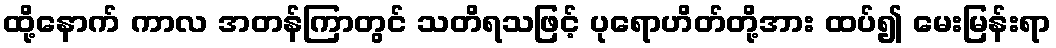
ထို့နောက် ကာလ အတန်ကြာတွင် သတိရသဖြင့် ပုရောဟိတ်တို့အား ထပ်၍ မေးမြန်းရာ